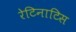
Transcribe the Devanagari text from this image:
रेटिनाटिस